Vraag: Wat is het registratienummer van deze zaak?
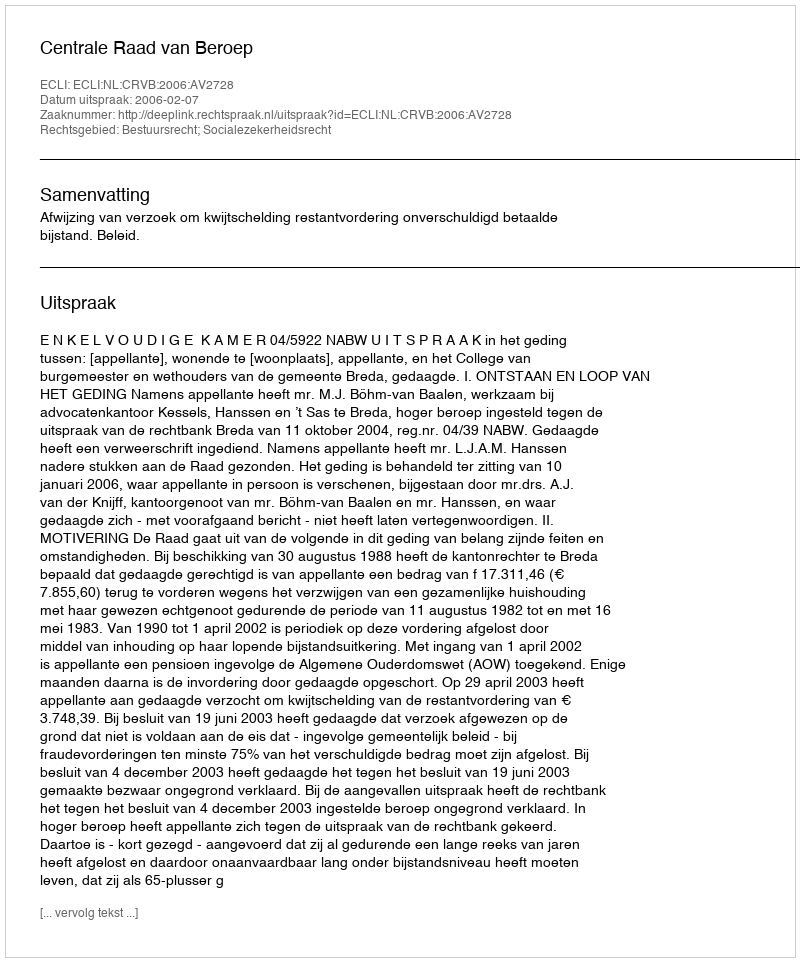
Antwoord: http://deeplink.rechtspraak.nl/uitspraak?id=ECLI:NL:CRVB:2006:AV2728